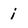
Character: i